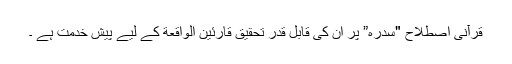
قرآنی اصطلاح "سدرہ” پر ان کی قابلِ قدر تحقیق قارئینِ الواقعة کے لیے پیشِ خدمت ہے ۔